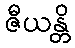
ဇီယန္တိ